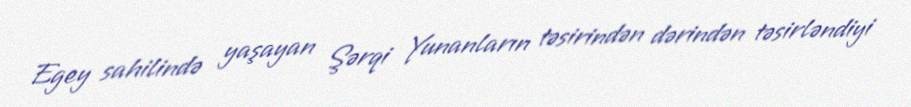
Egey sahilində yaşayan Şərqi Yunanların təsirindən dərindən təsirləndiyi